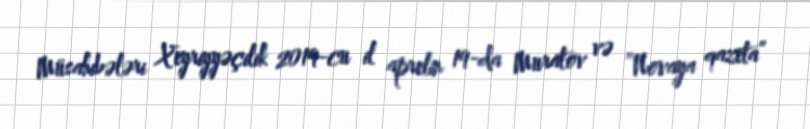
Müsahibələri Xeyriyyəçilik 2019-cu il aprelin 19-da Muratov və “Novaya qazeta”